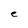
Character: e